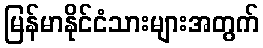
မြန်မာနိုင်ငံသားများအတွက်